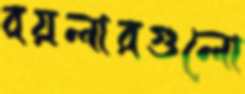
বয়লারগুলো